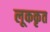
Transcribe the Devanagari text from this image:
लूककृत